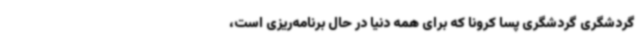
گردشگری گردشگری پسا کرونا که برای همه دنیا در حال برنامه‌ریزی است،